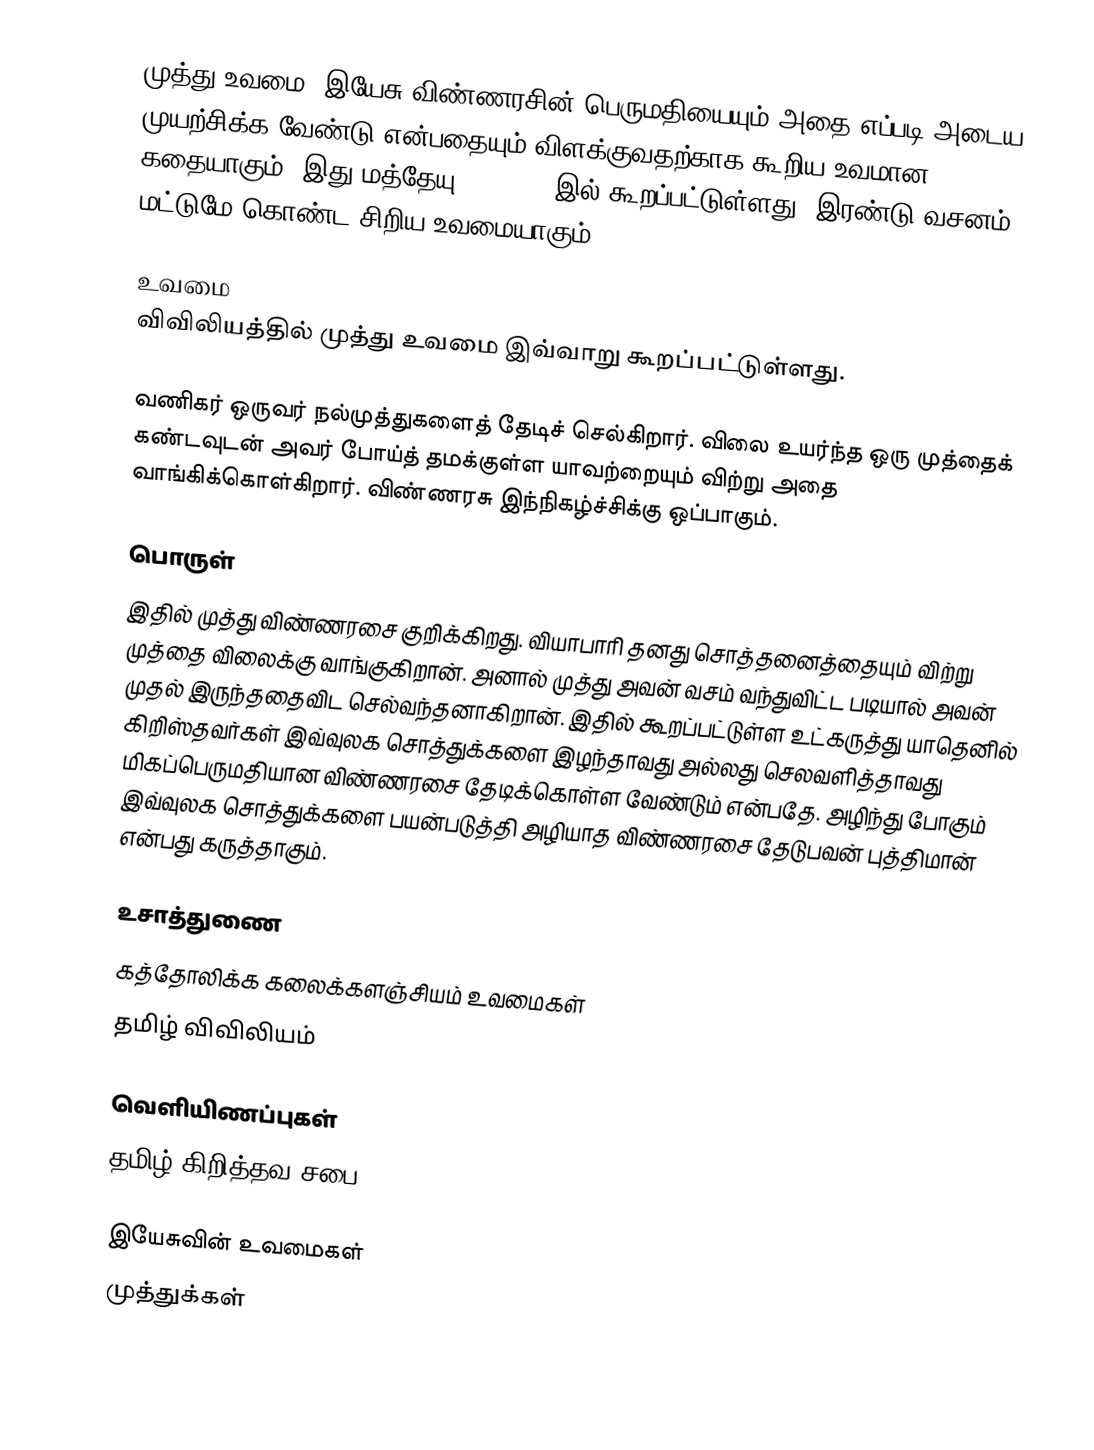
முத்து உவமை, இயேசு விண்ணரசின் பெருமதியையும் அதை எப்படி அடைய முயற்சிக்க வேண்டு என்பதையும் விளக்குவதற்காக கூறிய உவமான கதையாகும். இது மத்தேயு 13:45-46 இல் கூறப்பட்டுள்ளது. இரண்டு வசனம் மட்டுமே கொண்ட சிறிய உவமையாகும்.

உவமை
விவிலியத்தில் முத்து உவமை இவ்வாறு கூறப்பட்டுள்ளது.

வணிகர் ஒருவர் நல்முத்துகளைத் தேடிச் செல்கிறார். விலை உயர்ந்த ஒரு முத்தைக் கண்டவுடன் அவர் போய்த் தமக்குள்ள யாவற்றையும் விற்று அதை வாங்கிக்கொள்கிறார். விண்ணரசு இந்நிகழ்ச்சிக்கு ஒப்பாகும்.

பொருள்
இதில் முத்து விண்ணரசை குறிக்கிறது. வியாபாரி தனது சொத்தனைத்தையும் விற்று முத்தை விலைக்கு வாங்குகிறான். அனால் முத்து அவன் வசம் வந்துவிட்ட படியால் அவன் முதல் இருந்ததைவிட செல்வந்தனாகிறான். இதில் கூறப்பட்டுள்ள உட்கருத்து யாதெனில் கிறிஸ்தவர்கள் இவ்வுலக சொத்துக்களை இழந்தாவது அல்லது செலவளித்தாவது மிகப்பெருமதியான விண்ணரசை தேடிக்கொள்ள வேண்டும் என்பதே. அழிந்து போகும் இவ்வுலக சொத்துக்களை பயன்படுத்தி அழியாத விண்ணரசை தேடுபவன் புத்திமான் என்பது கருத்தாகும்.

உசாத்துணை
கத்தோலிக்க கலைக்களஞ்சியம் உவமைகள்
தமிழ் விவிலியம்

வெளியிணப்புகள்
தமிழ் கிறித்தவ சபை

இயேசுவின் உவமைகள்
முத்துக்கள்